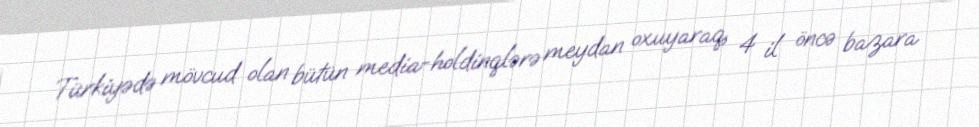
Türkiyədə mövcud olan bütün media-holdinqlərə meydan oxuyaraq, 4 il öncə bazara